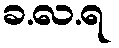
ခ.လ.ရ